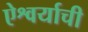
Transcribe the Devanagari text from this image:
ऐश्वर्याची